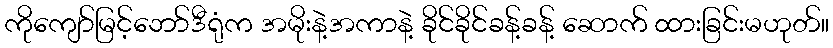
ကိုကျော်မြင့်ဘော်ဒီရုံက အမိုးနဲ့အကာနဲ့ ခိုင်ခိုင်ခန့်ခန့် ဆောက် ထားခြင်းမဟုတ်။